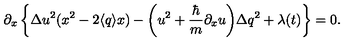
\partial _ { x } \left\{ { \Delta u } ^ { 2 } ( x ^ { 2 } - 2 \langle q \rangle x ) - \bigg ( u ^ { 2 } + \frac { \hbar } { m } \partial _ { x } u \bigg ) { \Delta q } ^ { 2 } + \lambda ( t ) \right\} = 0 .